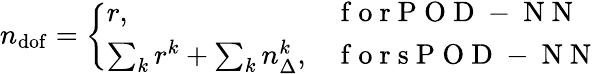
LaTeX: n_{\mathrm{dof}}=\left\{ \begin{array}{ll}{r,}&{\mathrm{~f~o~r~P~O~D~-~N~N~}}\\ {\sum_{k}r^{k}+\sum_{k}n_{\Delta}^{k},}&{\mathrm{~f~o~r~s~P~O~D~-~N~N~}}\end{array}\right.